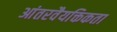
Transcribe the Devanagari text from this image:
आंतरवैयक्तिकता